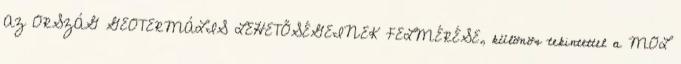
AZ ORSZÁG GEOTERMÁLIS LEHETŐSÉGEINEK FELMÉRÉSE, különös tekintettel a MOL